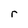
Character: r